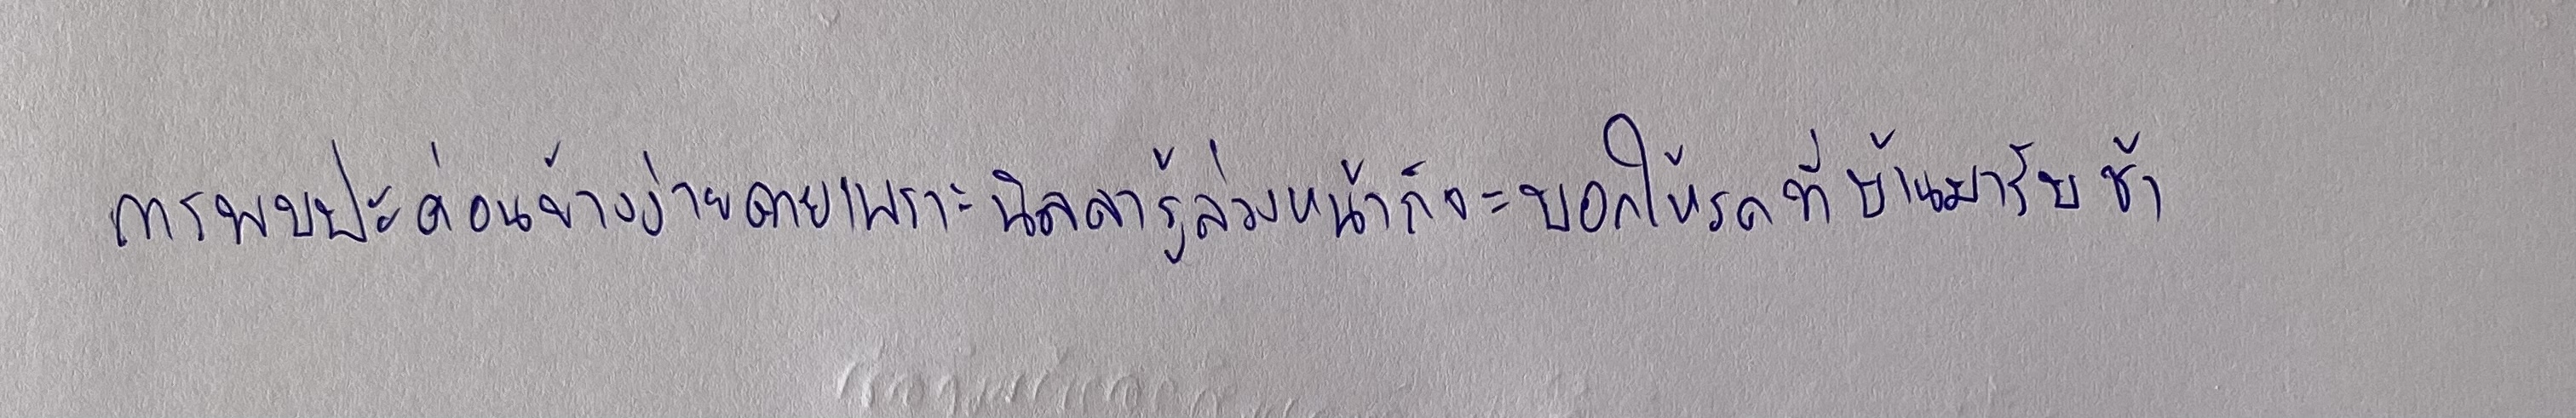
การพบปะค่อนข้างง่ายดายเพราะนิลลารู้ล่วงหน้าก็จะบอกให้รถที่บ้านมารับช้า